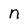
Character: n